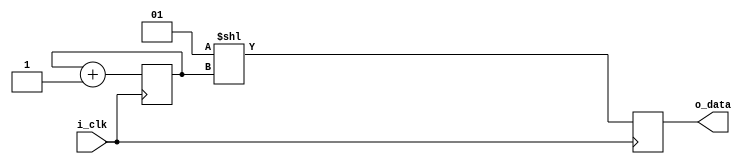
`timescale 1ns / 1ps
`default_nettype none
//////////////////////////////////////////////////////////////////////////////////
// Company: 
// Engineer: 
// 
// Design Name: 
// Module Name: bit_shift_test
// Project Name: 
// Target Devices: 
// Tool Versions: 
// Description: 
// 
// Dependencies: 
// 
// Revision:
// Revision 0.01 - File Created
// Additional Comments:
// 
//////////////////////////////////////////////////////////////////////////////////


module bit_shift_test(
    input wire i_clk,
    output wire [7:0] o_data
);

reg [3:0] r_counter = 0;
reg [15:0] r_data;


always @(posedge i_clk) begin
    r_counter <= r_counter + 1;
    r_data <= (1 << r_counter);
end

assign o_data = r_data[7:0];

endmodule